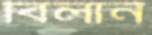
বিলান